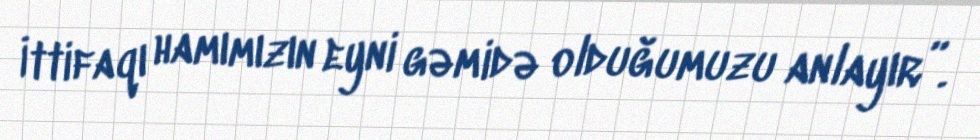
İttifaqı hamımızın eyni gəmidə olduğumuzu anlayır”.